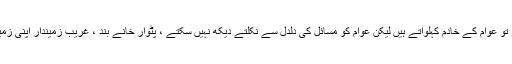
یہی عالم سرکار اور سرکاری اداروں کے افسران کا ہے ، جو بظاہر تو عوام کے خادم کہلواتے ہیں لیکن عوام کو مسائل کی دلدل سے نکلتے دیکھ نہیں سکتے ، پٹوار خانے بند ، غریب زمیندار اپنی زمینوں کی معلومات کے حصول کے لئے ذلیل و خوار ہو کر رہ گئے۔